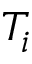
T _ { i }